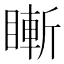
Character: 䁪